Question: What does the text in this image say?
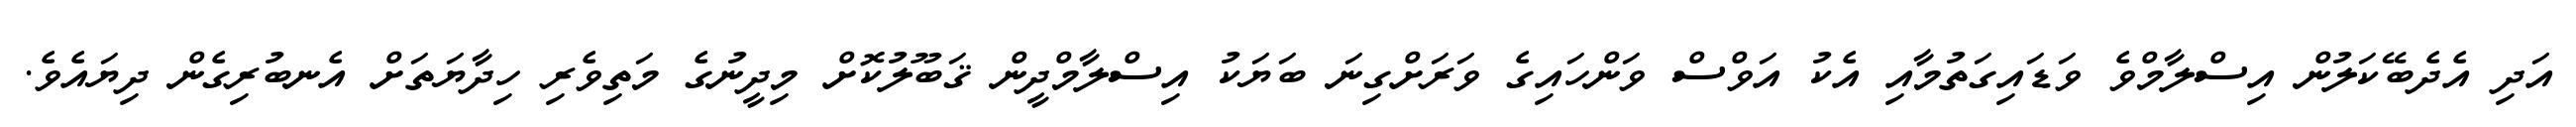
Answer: އަދި އެދެބޭކަލުން އިސްލާމްވެ ވަޑައިގަތުމާއި އެކު އަވްސް ވަންހައިގެ ވަރަށްގިނަ ބަޔަކު އިސްލާމްދީން ޤަބޫލުކޮށް މިދީނުގެ މަތިވެރި ހިދާޔަތަށް އެނބުރިގެން ދިޔައެވެ.